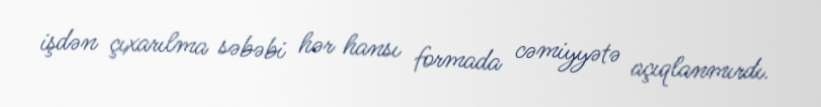
işdən çıxarılma səbəbi hər hansı formada cəmiyyətə açıqlanmırdı.